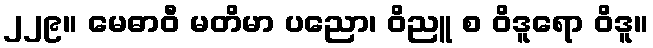
၂၂၉။ မေဓာဝီ မတိမာ ပညော၊ ဝိညူ စ ဝိဒူရော ဝိဒူ။